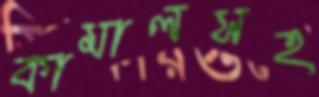
কামালসহ